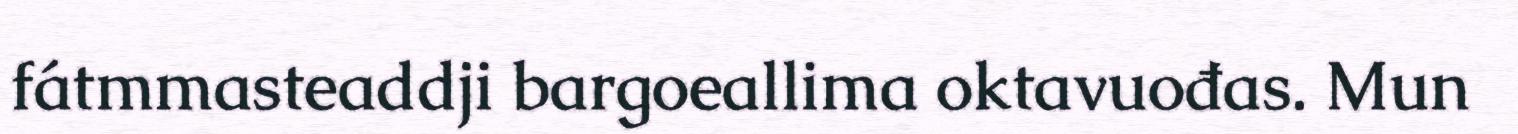
fátmmasteaddji bargoeallima oktavuođas. Mun